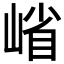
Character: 𭖶